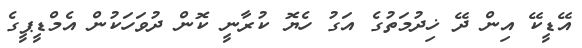
އޭޑީކޭ އިން ދޭ ޚިދުމަތުގެ އަގު ހެޔޮ ކުރާނީ ކޮން ދުވަހަކުން އެމްޑީޕީގެ